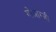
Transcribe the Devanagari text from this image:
गोआग्जी